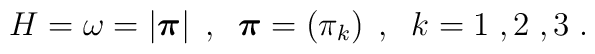
H =\omega = \left|\mbox{\boldmath $ \pi$}\right|\; ,\;\;\mbox{\boldmath $\pi  $} = \left(\pi_k\right)\;,\;\;k=1\;,2\;,3\;.